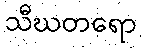
သီဃတရော